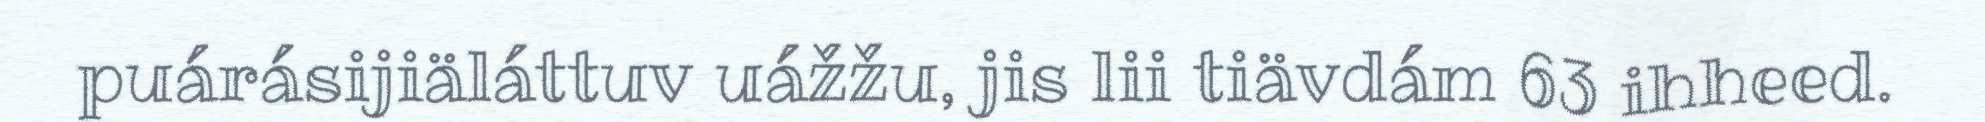
puárásijiäláttuv uážžu, jis lii tiävdám 63 ihheed.